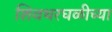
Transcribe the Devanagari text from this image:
शिवथरघळीच्या